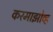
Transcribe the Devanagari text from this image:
करमाझोव्ह